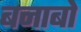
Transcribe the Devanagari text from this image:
बनाबो